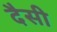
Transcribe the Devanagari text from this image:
दैसी